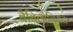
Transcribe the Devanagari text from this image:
बैबिलोनियन